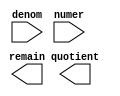
// megafunction wizard: %LPM_DIVIDE%VBB%
// GENERATION: STANDARD
// VERSION: WM1.0
// MODULE: lpm_divide 

// ============================================================
// Megafunction Name(s):
// 			lpm_divide
//
// Simulation Library Files(s):
// 			lpm
// ============================================================
// ************************************************************
// THIS IS A WIZARD-GENERATED FILE. DO NOT EDIT THIS FILE!
//
// 9.1 Build 350 03/24/2010 SP 2 SJ Full Version
// ************************************************************

//Copyright (C) 1991-2010 Altera Corporation
//Your use of Altera Corporation's design tools, logic functions 
//and other software and tools, and its AMPP partner logic 
//functions, and any output files from any of the foregoing 
//(including device programming or simulation files), and any 
//associated documentation or information are expressly subject 
//to the terms and conditions of the Altera Program License 
//Subscription Agreement, Altera MegaCore Function License 
//Agreement, or other applicable license agreement, including, 
//without limitation, that your use is for the sole purpose of 
//programming logic devices manufactured by Altera and sold by 
//Altera or its authorized distributors.  Please refer to the 
//applicable agreement for further details.

module IntDivide (
	denom,
	numer,
	quotient,
	remain);

	input	[7:0]  denom;
	input	[18:0]  numer;
	output	[18:0]  quotient;
	output	[7:0]  remain;

endmodule

// ============================================================
// CNX file retrieval info
// ============================================================
// Retrieval info: PRIVATE: INTENDED_DEVICE_FAMILY STRING "Arria GX"
// Retrieval info: PRIVATE: PRIVATE_LPM_REMAINDERPOSITIVE STRING "TRUE"
// Retrieval info: PRIVATE: PRIVATE_MAXIMIZE_SPEED NUMERIC "-1"
// Retrieval info: PRIVATE: SYNTH_WRAPPER_GEN_POSTFIX STRING "0"
// Retrieval info: PRIVATE: USING_PIPELINE NUMERIC "0"
// Retrieval info: PRIVATE: VERSION_NUMBER NUMERIC "2"
// Retrieval info: CONSTANT: LPM_DREPRESENTATION STRING "UNSIGNED"
// Retrieval info: CONSTANT: LPM_HINT STRING "LPM_REMAINDERPOSITIVE=TRUE"
// Retrieval info: CONSTANT: LPM_NREPRESENTATION STRING "UNSIGNED"
// Retrieval info: CONSTANT: LPM_TYPE STRING "LPM_DIVIDE"
// Retrieval info: CONSTANT: LPM_WIDTHD NUMERIC "8"
// Retrieval info: CONSTANT: LPM_WIDTHN NUMERIC "19"
// Retrieval info: USED_PORT: denom 0 0 8 0 INPUT NODEFVAL denom[7..0]
// Retrieval info: USED_PORT: numer 0 0 19 0 INPUT NODEFVAL numer[18..0]
// Retrieval info: USED_PORT: quotient 0 0 19 0 OUTPUT NODEFVAL quotient[18..0]
// Retrieval info: USED_PORT: remain 0 0 8 0 OUTPUT NODEFVAL remain[7..0]
// Retrieval info: CONNECT: @numer 0 0 19 0 numer 0 0 19 0
// Retrieval info: CONNECT: @denom 0 0 8 0 denom 0 0 8 0
// Retrieval info: CONNECT: quotient 0 0 19 0 @quotient 0 0 19 0
// Retrieval info: CONNECT: remain 0 0 8 0 @remain 0 0 8 0
// Retrieval info: LIBRARY: lpm lpm.lpm_components.all
// Retrieval info: GEN_FILE: TYPE_NORMAL IntDivide.v TRUE
// Retrieval info: GEN_FILE: TYPE_NORMAL IntDivide.inc FALSE
// Retrieval info: GEN_FILE: TYPE_NORMAL IntDivide.cmp FALSE
// Retrieval info: GEN_FILE: TYPE_NORMAL IntDivide.bsf TRUE
// Retrieval info: GEN_FILE: TYPE_NORMAL IntDivide_inst.v FALSE
// Retrieval info: GEN_FILE: TYPE_NORMAL IntDivide_bb.v TRUE
// Retrieval info: LIB_FILE: lpm